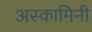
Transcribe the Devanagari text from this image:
अस्कामिनी